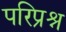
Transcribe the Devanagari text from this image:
परिप्रश्न